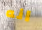
انه